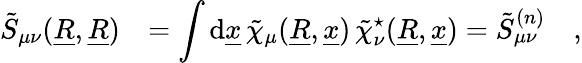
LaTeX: \begin{array}{rl}{\tilde{S}_{\mu\nu}(\underline{{R}},\underline{{R}})}&{=\displaystyle\int\mathrm{d}\underline{{x}}\, \tilde{\chi}_{\mu}(\underline{{R}},\underline{{x}})\, \tilde{\chi}_{\nu}^{\star}(\underline{{R}},\underline{{x}})=\tilde{S}_{\mu\nu}^{(n)}\quad,}\end{array}